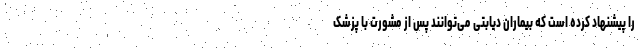
را پیشنهاد کرده است که بیماران دیابتی می‌توانند پس از مشورت با پزشک